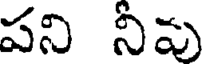
పని నీవు